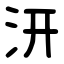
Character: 汧